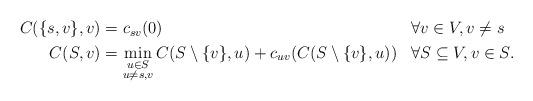
LaTeX: \begin{align*} \begin{aligned} C(\{s, v\}, v) &= c_{sv}(0) && \forall v \in V, v \neq s \\ C(S, v) &= \min_{\substack{u \in S\\ u \neq s, v}} C(S \setminus \{v\}, u) + c_{uv}(C(S \setminus \{v\}, u)) && \forall S \subseteq V, v \in S. \\ \end{aligned} \end{align*}